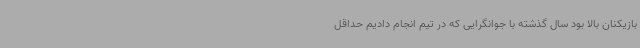
بازیکنان بالا بود سال گذشته با جوانگرایی که در تیم انجام دادیم حداقل